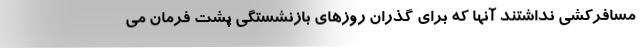
مسافركشي نداشتند آنها كه براي گذران روزهاي بازنشستگي پشت فرمان مي